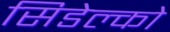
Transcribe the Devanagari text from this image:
सिडेल्को